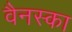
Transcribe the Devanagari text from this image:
वैनस्का